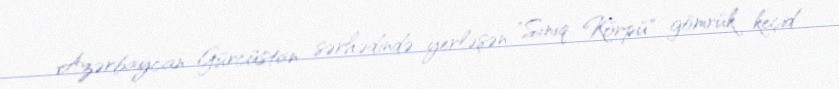
Azərbaycan-Gürcüstan sərhədində yerləşən "Sınıq Körpü" gömrük keçid